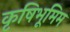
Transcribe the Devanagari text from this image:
कृषिभूमिम